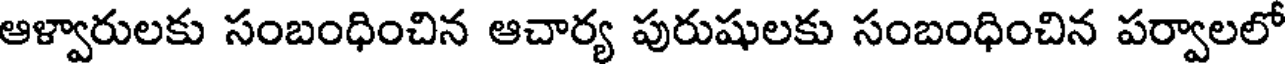
ఆళ్వారులకు సంబంధించిన ఆచార్య పురుషులకు సంబంధించిన పర్వాలలో